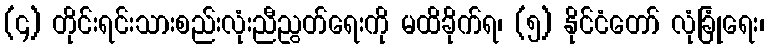
(၄) တိုင်းရင်းသားစည်းလုံးညီညွတ်ရေးကို မထိခိုက်ရ၊ (၅) နိုင်ငံတော် လုံခြုံရေး၊